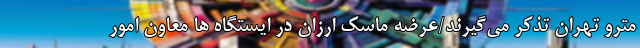
مترو تهران تذکر می‌گیرند/عرضه ماسک ارزان در ایستگاه ها معاون امور